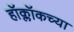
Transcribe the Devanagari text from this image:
हॉक्लॉकच्या